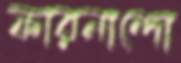
ফারনান্দো